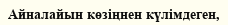
Айналайын көзіңнен күлімдеген,